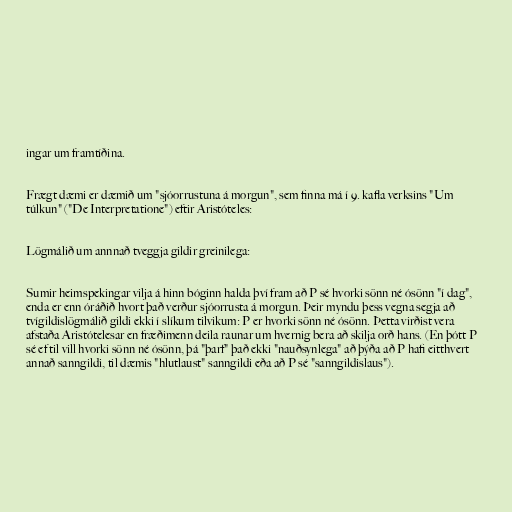
ingar um framtíðina.

Frægt dæmi er dæmið um "sjóorrustuna á morgun", sem finna má í 9. kafla verksins "Um
túlkun" ("De Interpretatione") eftir Aristóteles:

Lögmálið um annnað tveggja gildir greinilega:

Sumir heimspekingar vilja á hinn bóginn halda því fram að P sé hvorki sönn né ósönn "í dag",
enda er enn óráðið hvort það verður sjóorrusta á morgun. Þeir myndu þess vegna segja að
tvígildislögmálið gildi ekki í slíkum tilvikum: P er hvorki sönn né ósönn. Þetta virðist vera
afstaða Aristótelesar en fræðimenn deila raunar um hvernig bera að skilja orð hans. (En þótt P
sé ef til vill hvorki sönn né ósönn, þá "þarf" það ekki "nauðsynlega" að þýða að P hafi eitthvert
annað sanngildi, til dæmis "hlutlaust" sanngildi eða að P sé "sanngildislaus").